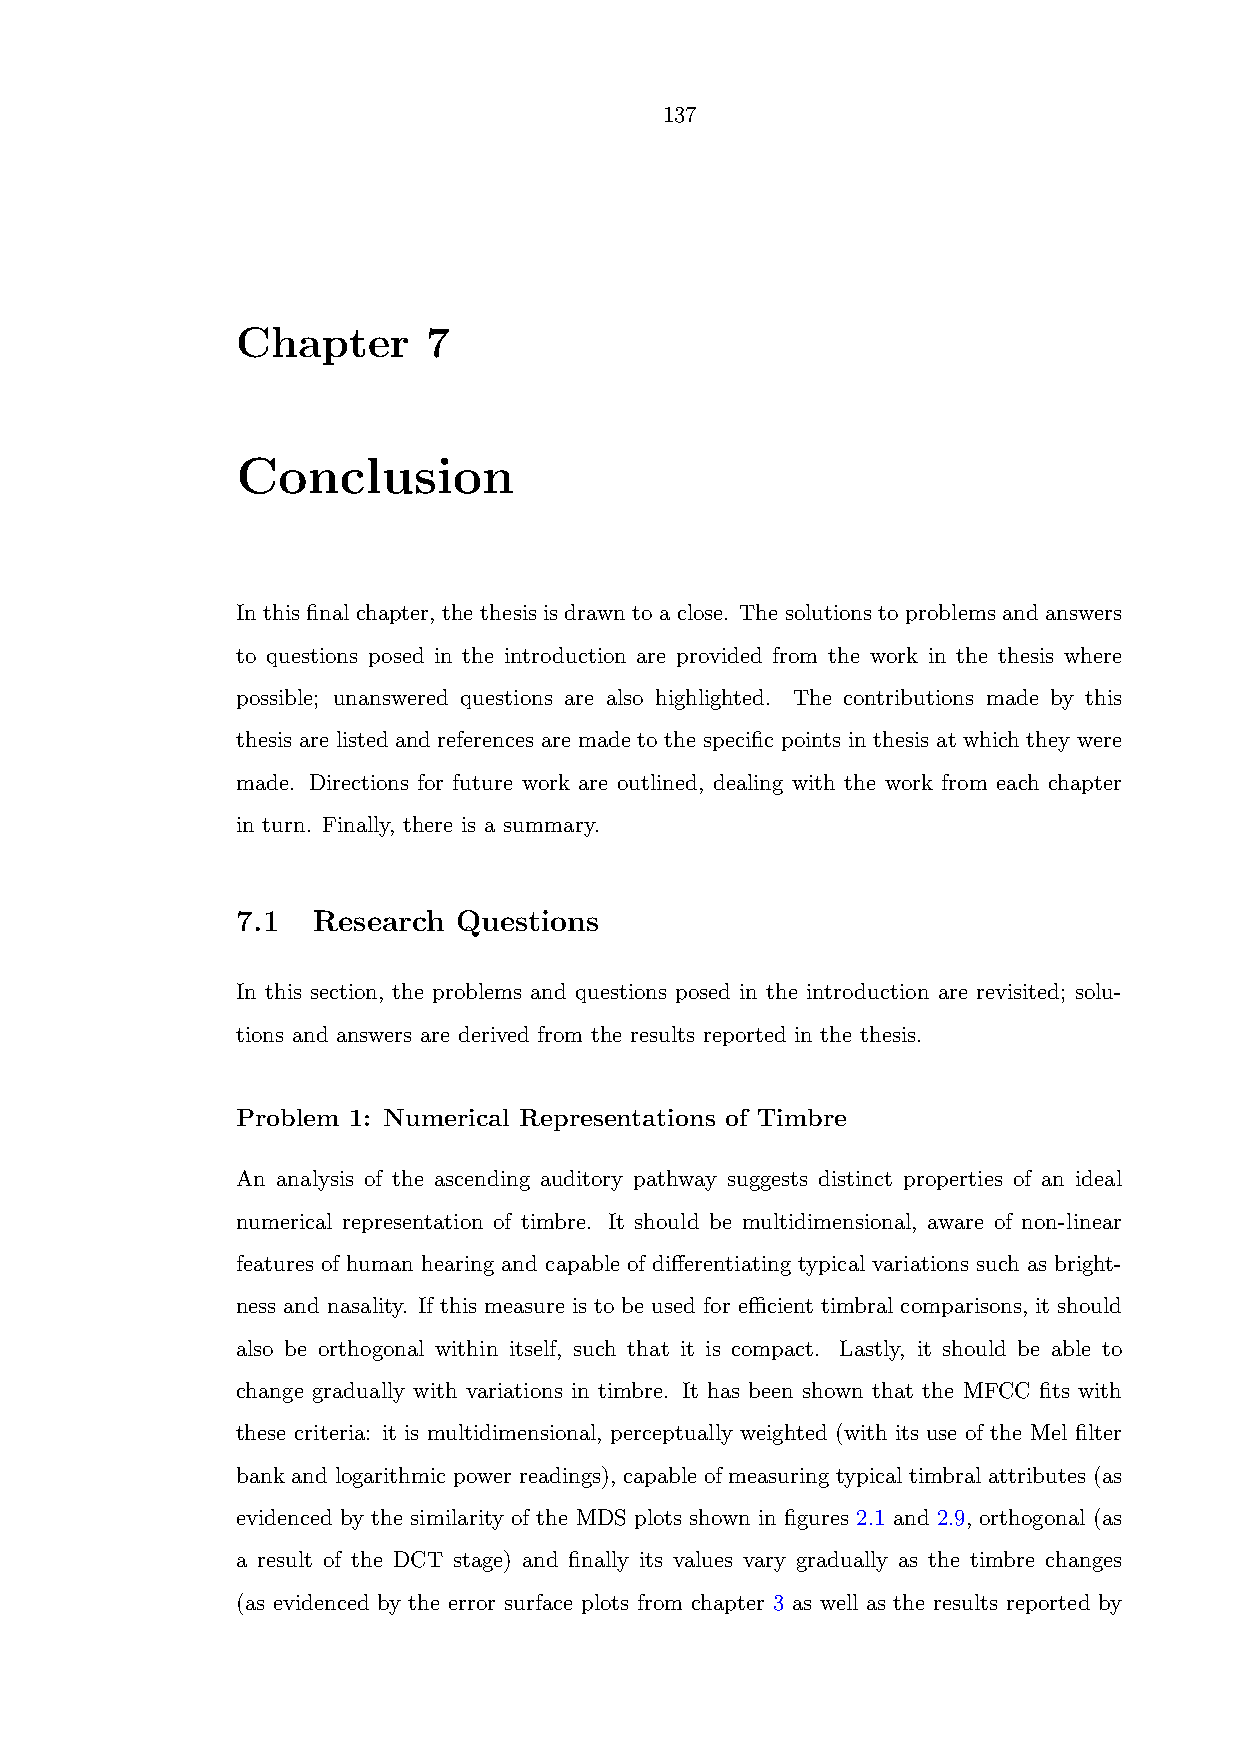
137
 Chapter     7
 Conclusion
 In this final chapter, the thesis is drawn to a close. The solutions to problems and answers
 to questions posed in the introduction are provided from the work in the thesis where
 possible; unanswered questions are also highlighted. The contributions made by this
 thesis are listed and references are made to the specific points in thesis at which they were
 made. Directions for future work are outlined, dealing with the work from each chapter
 in turn. Finally, there is a summary.
 7.1  Research Questions
 In this section, the problems and questions posed in the introduction are revisited; solu-
 tions and answers are derived from the results reported in the thesis.
 Problem 1: Numerical Representations of Timbre
 An analysis of the ascending auditory pathway suggests distinct properties of an ideal
 numerical representation of timbre. It should be multidimensional, aware of non-linear
 features of human hearing and capable of differentiating typical variations such as bright-
 ness and nasality. If this measure is to be used for efficient timbral comparisons, it should
 also be orthogonal within itself, such that it is compact. Lastly, it should be able to
 change gradually with variations in timbre. It has been shown that the MFCC fits with
 these criteria: it is multidimensional, perceptually weighted (with its use of the Mel filter
 bank and logarithmic power readings), capable of measuring typical timbral attributes (as
 evidenced by the similarity of the MDS plots shown in figures 2.1 and 2.9, orthogonal (as
 a result of the DCT stage) and finally its values vary gradually as the timbre changes
 (as evidenced by the error surface plots from chapter 3 as well as the results reported by